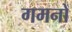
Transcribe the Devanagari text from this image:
गमनों